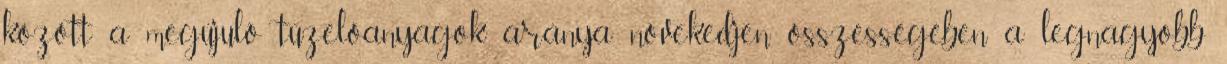
között a megújuló tüzelőanyagok aránya növekedjen összességében a legnagyobb